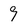
Character: 9